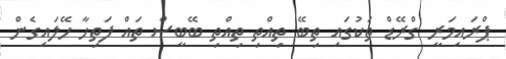
ޕްރައިމަރީ ގްރޭޑް ތަކުގައި ތިބޭ ތިއްތި ތިއްތި ބޭބީސް ތައް ފަތިހާ ހޭލައިގެން